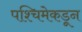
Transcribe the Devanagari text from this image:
पश्‍चिमेकडून